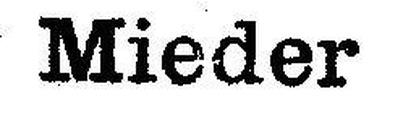
Mieder